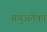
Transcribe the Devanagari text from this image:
अगुअतेका